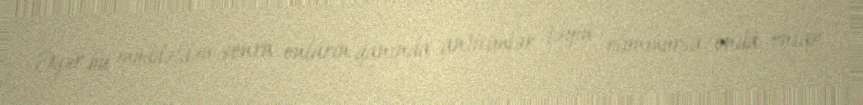
Əgər bu müddətdən sonra onların qanında anticimlər təyin olunmursa, onda onlar